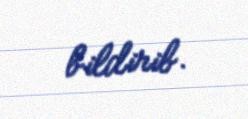
bildirib.